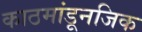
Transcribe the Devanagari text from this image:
काठमांडूनजिक